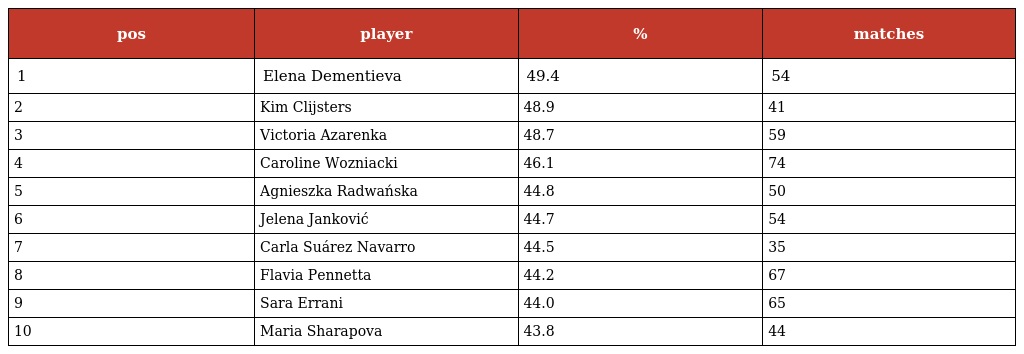
| pos | player | % | matches |
 | --- | --- | --- | --- |
 | 1 | Elena Dementieva | 49.4 | 54 |
 | 2 | Kim Clijsters | 48.9 | 41 |
 | 3 | Victoria Azarenka | 48.7 | 59 |
 | 4 | Caroline Wozniacki | 46.1 | 74 |
 | 5 | Agnieszka Radwańska | 44.8 | 50 |
 | 6 | Jelena Janković | 44.7 | 54 |
 | 7 | Carla Suárez Navarro | 44.5 | 35 |
 | 8 | Flavia Pennetta | 44.2 | 67 |
 | 9 | Sara Errani | 44.0 | 65 |
 | 10 | Maria Sharapova | 43.8 | 44 |